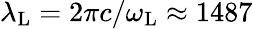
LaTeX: \lambda_{\mathrm{L}}=2\pi c/\omega_{\mathrm{L}}\approx 1487